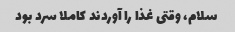
سلام، وقتی غذا را آوردند کاملا سرد بود